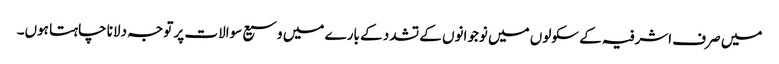
میں صرف اشرفیہ کے سکولوں میں نوجوانوں کے تشدد کے بارے میں وسیع سوالات پر توجہ دلانا چاہتا ہوں۔